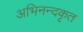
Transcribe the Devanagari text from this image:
अभिनन्दकृत